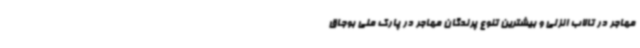
مهاجر در تالاب انزلی و بیشترین تنوع پرندگان مهاجر در پارک ملی بوجاق